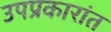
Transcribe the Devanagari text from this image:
उपप्रकारांत